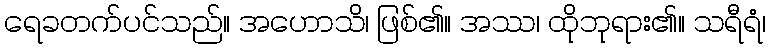
ရေခတက်ပင်သည်။ အဟောသိ၊ ဖြစ်၏။ အဿ၊ ထိုဘုရား၏။ သရီရံ၊